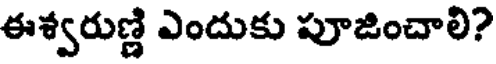
ఈశ్వరుణ్ణి ఎందుకు పూజించాలి?